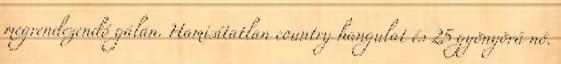
megrendezendő gálán. Hamisítatlan country hangulat és 25 gyönyörű nő.